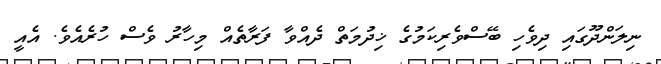
ނިލަންދޫގައި ދިވެހި ބޭސްވެރިކަމުގެ ޚިދުމަތް ދެއްވާ ފަރާތެއް މިހާރު ވެސް ހުރެއެވެ. އެއީ